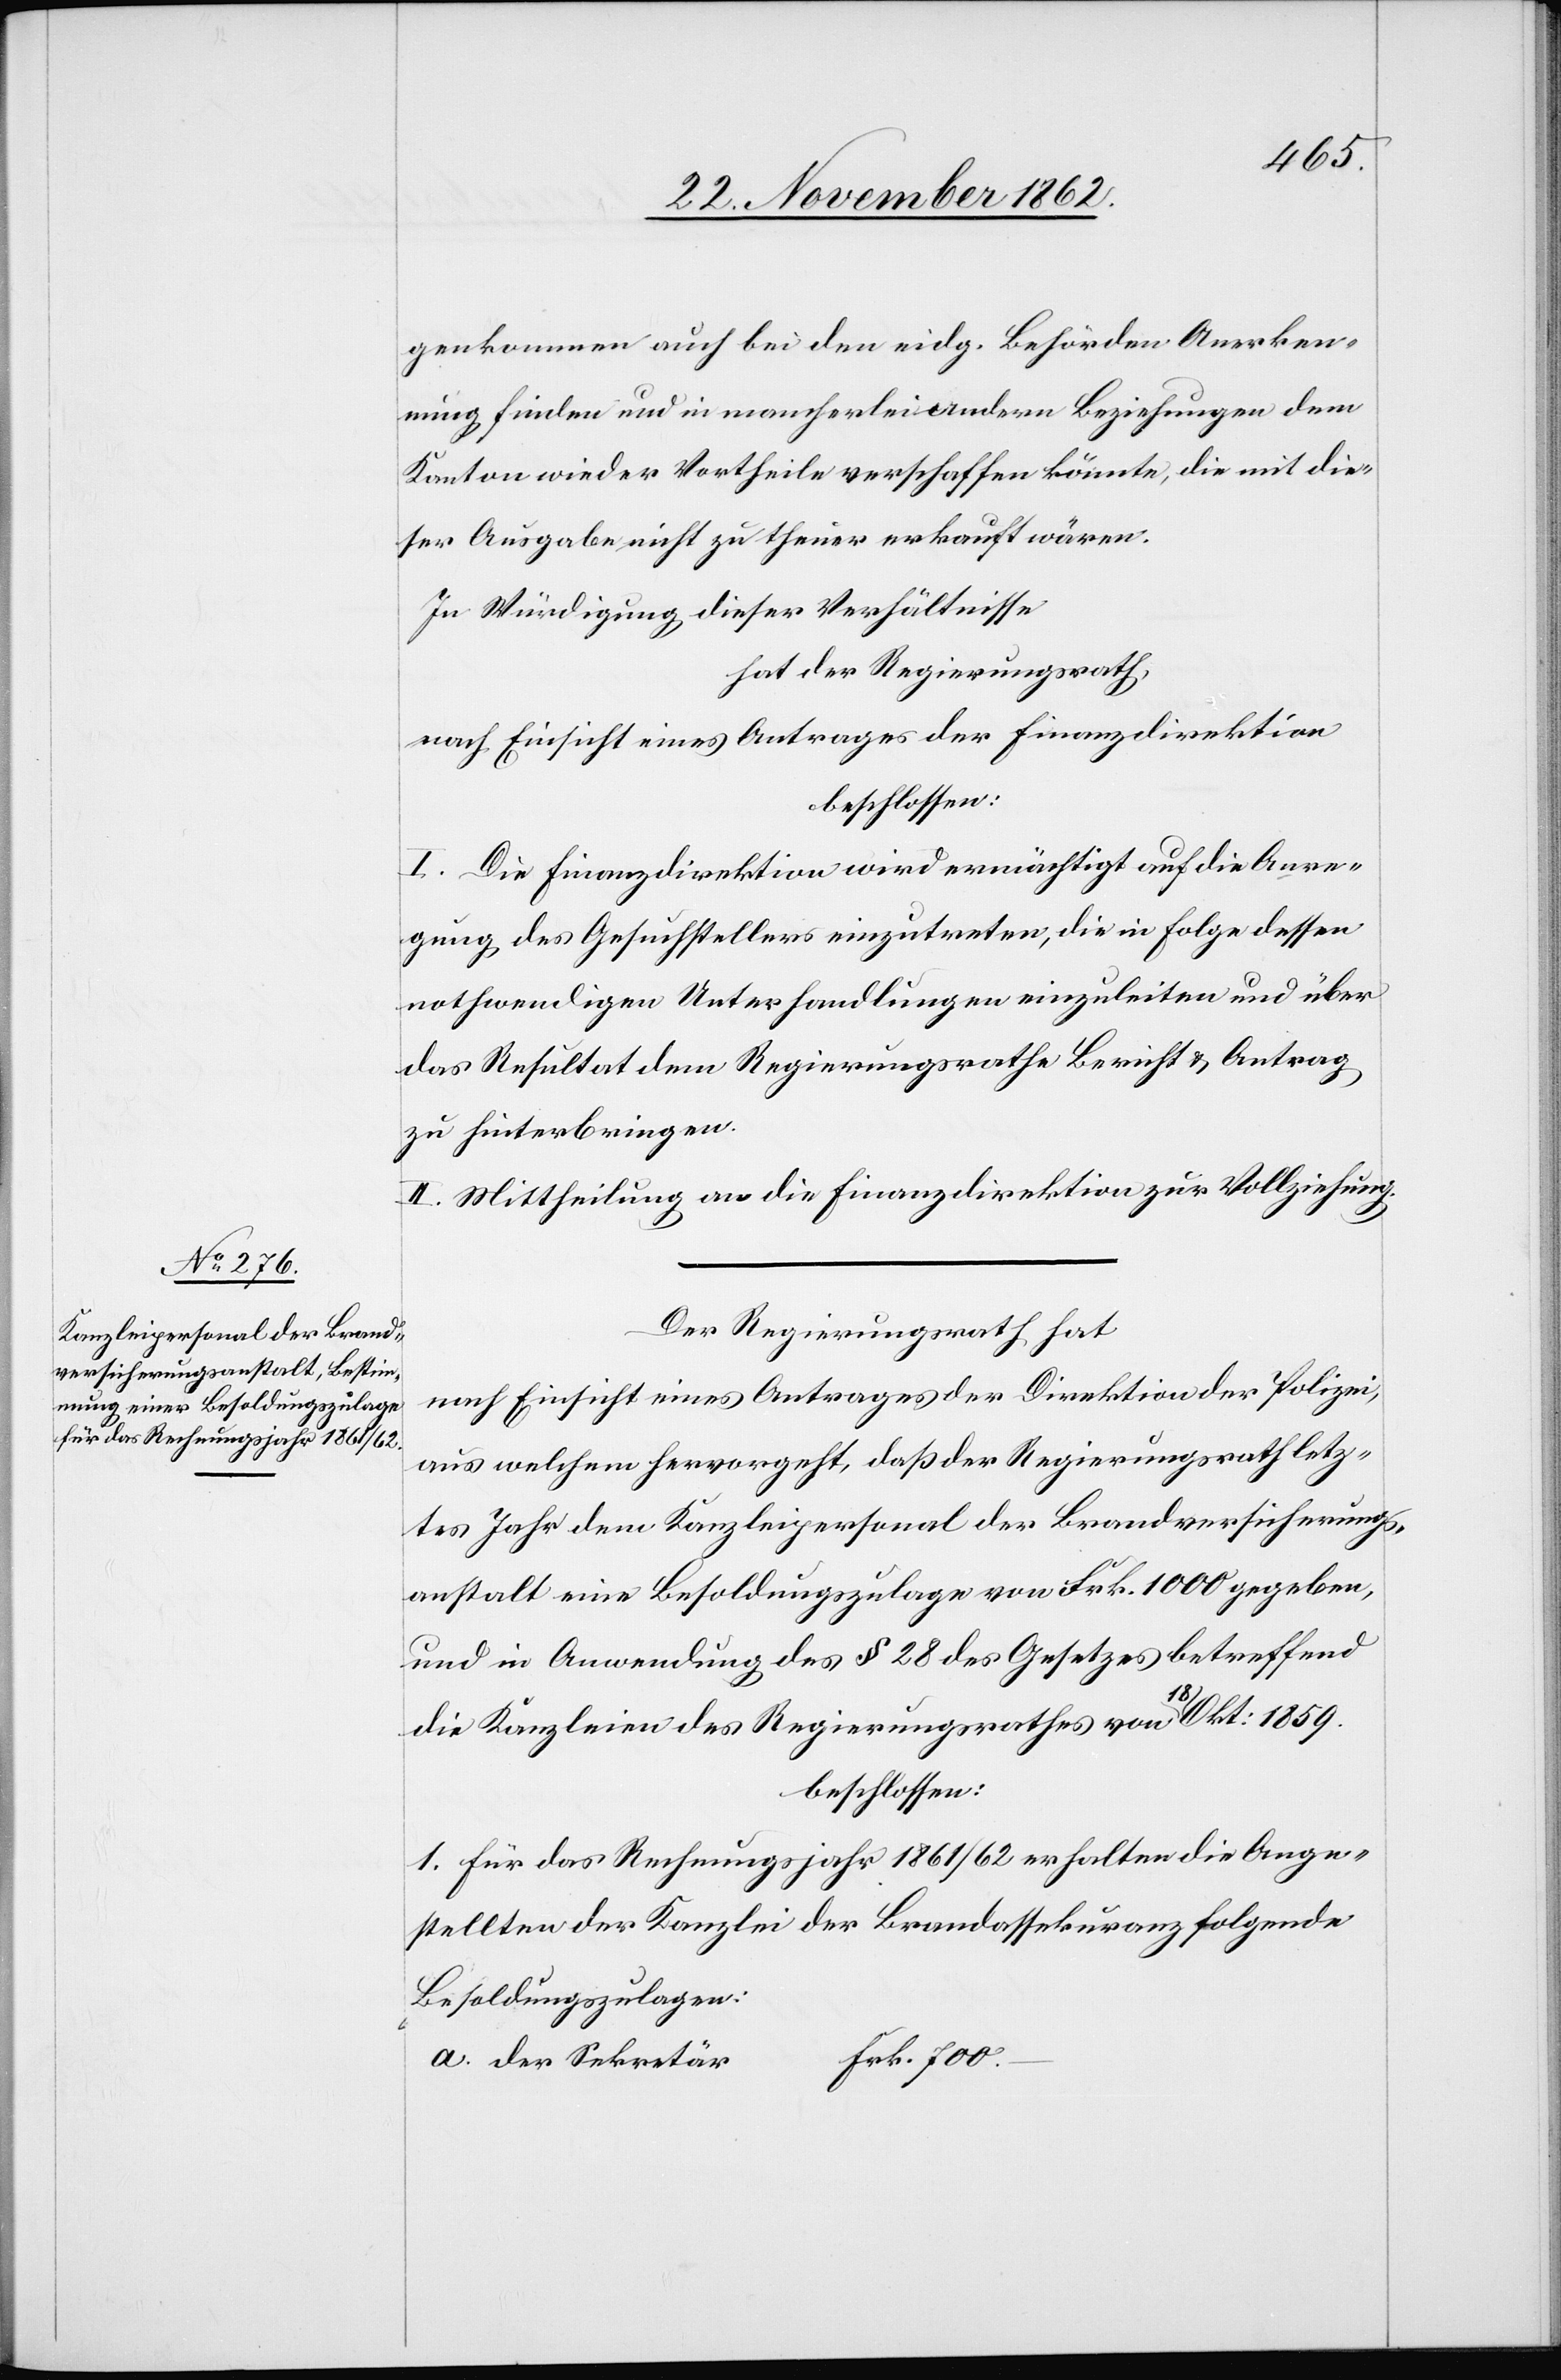
genkommen auch bei der eidg. Behörden Anerken¬
nung finden und in mancherlei andern Beziehungen dem
Kanton wieder Vortheile verschaffen könnte, die mit die¬
ser Ausgabe nicht zu theuer erkauft wären.
In Würdigung dieser Verhältnisse
hat der Regierungsrath,
nach Einsicht eines Antrages der Finanzdirektion
beschlossen:
I. Die Finanzdirektion wird ermächtigt auf die Anre¬
gung des Gesuchstellers einzutreten, die in Folge dessen
nothwendigen Unterhandlungen einzuleiten und über
das Resultat dem Regierungsrathe Bericht u. Antrag
zu hinterbringen.
II. Mittheilung an die Finanzdirektion zur Vollziehung.
Der Regierungsrath hat
nach Einsicht eines Antrages der Direktion der Polizei,
aus welchem hervorgeht, daß der Regierungsrath letz¬
tes Jahr dem Kanzleipersonal der Brandversicherungs¬
anstalt eine Besoldungszulage von Frk. 1000 gegeben,
und in Anwendung des § 28 des Gesetzes betreffend
die Kanzleien des Regierungsrathes von [sic!] 18.
beschlossen:
1. Für das Rechnungsjahr 1861/62 erhalten die Ange¬
stellten der Kanzlei der Brandassekuranz folgende
Besoldungszulagen: